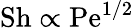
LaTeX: \mathrm{Sh\propto Pe^{1/2}}